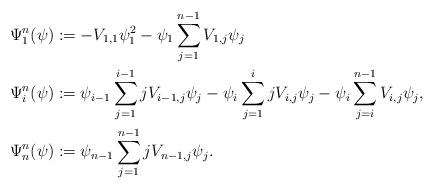
LaTeX: \begin{align*}\Psi^{n}_1(\psi) &:= - V_{1,1}\psi_1^2-\psi_1\sum_{j=1}^{n-1}V_{1,j}\psi_j \\\Psi^{n}_i(\psi) &:=\psi_{i-1}\sum_{j=1}^{i-1}jV_{i-1,j}\psi_j-\psi_i\sum_{j=1}^{i} jV_{i,j}\psi_j-\psi_i\sum_{j=i}^{n-1}V_{i,j}\psi_j , \\\Psi^{n}_n(\psi) &:=\psi_{n-1}\sum_{j=1}^{n-1}jV_{n-1,j}\psi_j. \end{align*}